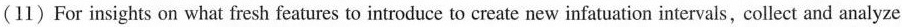
(11)For insights on what fresh features to introduce to create new infatuation intervals, collect and analyze